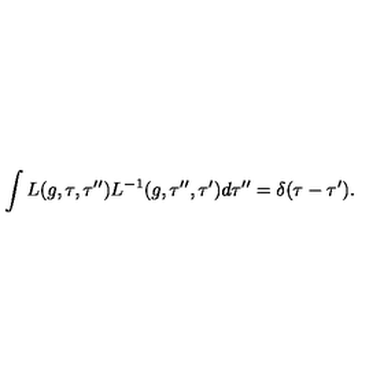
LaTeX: \int L ( g , \tau , \tau ^ { \prime \prime } ) L ^ { - 1 } ( g , \tau ^ { \prime \prime } , \tau ^ { \prime } ) d \tau ^ { \prime \prime } = \delta ( \tau - \tau ^ { \prime } ) .